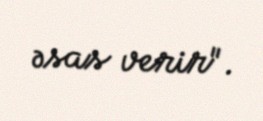
əsas verir".